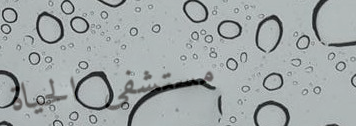
مستشفى الحياة